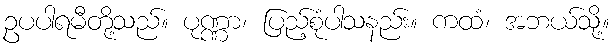
ဥပပါရမီတို့သည်။ ပုဏ္ဏာ၊ ပြည့်စုံပါသနည်း။ ကထံ၊ အဘယ်သို့။